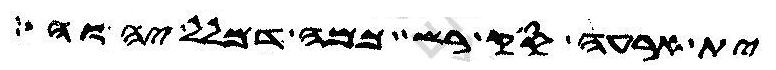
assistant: ית ארעה סק רשת כמה דמלל יהוה